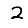
Digit: 2